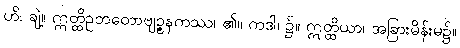
ဟိ၊ ချဲ့။ ဣတ္ထိဥဘတောဗျဉ္ဇနကဿ၊ ၏။ ကဒါ၊ ၌။ ဣတ္ထိယာ၊ အခြားမိန်းမ၌။